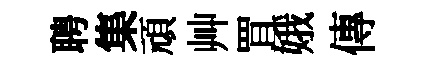
聘集頑艸罝娥傳